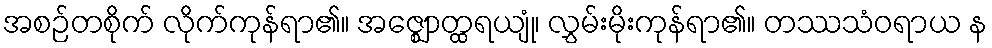
အစဉ်တစိုက် လိုက်ကုန်ရာ၏။ အဇ္ဈောတ္ထရယျုံ၊ လွှမ်းမိုးကုန်ရာ၏။ တဿသံဝရာယ န